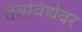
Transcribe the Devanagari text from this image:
तंत्रविद्येवर